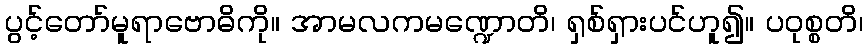
ပွင့်တော်မူရာဗောဓိကို။ အာမလကမဏ္ဍောတိ၊ ရှစ်ရှားပင်ဟူ၍။ ပဝုစ္စတိ၊